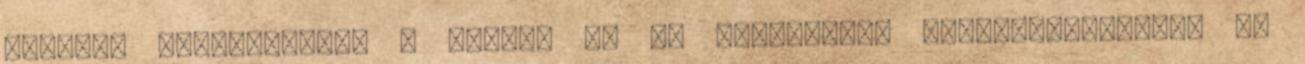
mehetsz karácsonykor x Megvan az év legnagyobb gyermekelőadása: ha